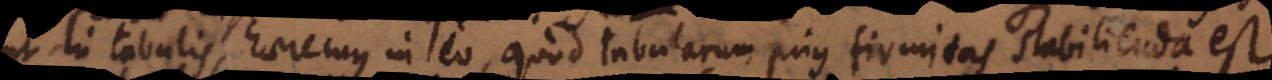
ut in tabulis, haeremus in eo, quod tabularum prius firmitas stabilienda est.